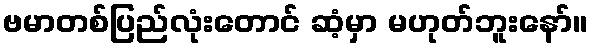
ဗမာတစ်ပြည်လုံးတောင် ဆံ့မှာ မဟုတ်ဘူးနော်။